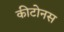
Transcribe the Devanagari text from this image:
कीटोनस